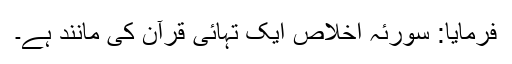
فرمایا: سورئہ اخلاص ایک تہائی قرآن کی مانند ہے۔